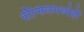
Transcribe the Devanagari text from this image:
कौन्सिलमध्येही